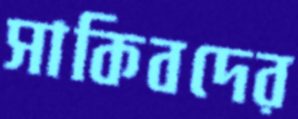
সাকিবদের